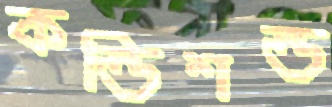
কন্ডিশন্ড